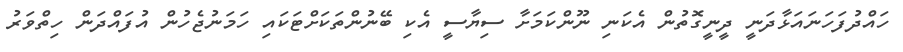
ހައްދުފަހަނައަޅާދަނީ ދީނީގޮތުން އެކަނި ނޫންކަަމަށާ ސިޔާސީ އެކި ބޭނުންތަކަށްޓަކައި ހަމަނުޖެހުން އުފައްދަން ހިތްވަރު